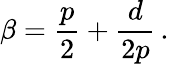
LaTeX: \beta={\frac{p}{2}}+{\frac{d}{2p}}\, .